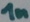
Text: 1n